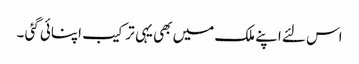
اس لئے اپنے ملک میں بھی یہی ترکیب اپنائی گئی ۔